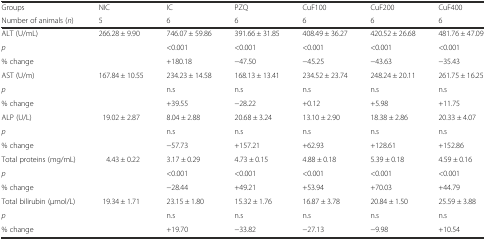
<table><thead><tr><td><b>Groups</b></td><td><b>NIC</b></td><td><b>IC</b></td><td><b>PZQ</b></td><td><b>CuF100</b></td><td><b>CuF200</b></td><td><b>CuF400</b></td></tr><tr><td><b>Number of animals (<i>n</i>)</b></td><td><b>5</b></td><td><b>6</b></td><td><b>6</b></td><td><b>6</b></td><td><b>6</b></td><td><b>6</b></td></tr></thead><tbody><tr><td>ALT (U/mL)</td><td rowspan="3">266.28 ± 9.90</td><td>746.07 ± 59.86</td><td>391.66 ± 31.85</td><td>408.49 ± 36.27</td><td>420.52 ± 26.68</td><td>481.76 ± 47.09</td></tr><tr><td><i>p</i></td><td>&lt;0.001</td><td>&lt;0.001</td><td>&lt;0.001</td><td>&lt;0.001</td><td>&lt;0.001</td></tr><tr><td>% change</td><td>+180.18</td><td>−47.50</td><td>−45.25</td><td>−43.63</td><td>−35.43</td></tr><tr><td>AST (U/m)</td><td rowspan="3">167.84 ± 10.55</td><td>234.23 ± 14.58</td><td>168.13 ± 13.41</td><td>234.52 ± 23.74</td><td>248.24 ± 20.11</td><td>261.75 ± 16.25</td></tr><tr><td><i>p</i></td><td>n.s</td><td>n.s</td><td>n.s</td><td>n.s</td><td>n.s</td></tr><tr><td>% change</td><td>+39.55</td><td>−28.22</td><td>+0.12</td><td>+5.98</td><td>+11.75</td></tr><tr><td>ALP (U/L)</td><td rowspan="3">19.02 ± 2.87</td><td>8.04 ± 2.88</td><td>20.68 ± 3.24</td><td>13.10 ± 2.90</td><td>18.38 ± 2.86</td><td>20.33 ± 4.07</td></tr><tr><td><i>p</i></td><td>n.s</td><td>n.s</td><td>n.s</td><td>n.s</td><td>n.s</td></tr><tr><td>% change</td><td>−57.73</td><td>+157.21</td><td>+62.93</td><td>+128.61</td><td>+152.86</td></tr><tr><td>Total proteins (mg/mL)</td><td rowspan="3">4.43 ± 0.22</td><td>3.17 ± 0.29</td><td>4.73 ± 0.15</td><td>4.88 ± 0.18</td><td>5.39 ± 0.18</td><td>4.59 ± 0.16</td></tr><tr><td><i>p</i></td><td>&lt;0.001</td><td>&lt;0.001</td><td>&lt;0.001</td><td>&lt;0.001</td><td>&lt;0.001</td></tr><tr><td>% change</td><td>−28.44</td><td>+49.21</td><td>+53.94</td><td>+70.03</td><td>+44.79</td></tr><tr><td>Total bilirubin (μmol/L)</td><td rowspan="3">19.34 ± 1.71</td><td>23.15 ± 1.80</td><td>15.32 ± 1.76</td><td>16.87 ± 3.78</td><td>20.84 ± 1.50</td><td>25.59 ± 3.88</td></tr><tr><td><i>p</i></td><td>n.s</td><td>n.s</td><td>n.s</td><td>n.s</td><td>n.s</td></tr><tr><td>% change</td><td>+19.70</td><td>−33.82</td><td>−27.13</td><td>−9.98</td><td>+10.54</td></tr></tbody></table>